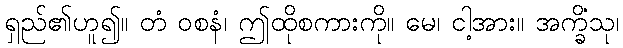
ရှည်၏ဟူ၍။ တံ ဝစနံ၊ ဤထိုစကားကို။ မေ၊ ငါ့အား။ အက္ခိံသု၊